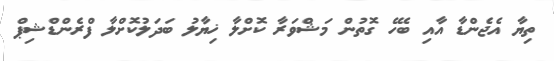
ތިޔާ އެޖެންޑާ އާއި ބެހޭ ގޮތުން މަޝްވަރާ ކޮށްލާ ޚިޔާލު ބަދަލުކޮށްލާ ފްރެންޑްޝިޕް